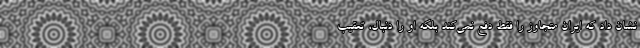
نشان داد که ایران متجاوز را فقط دفع نمی‌کند بلکه او را دنبال، تعقیب